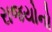
રાજયોનો